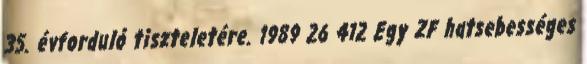
35. évforduló tiszteletére. 1989 26 412 Egy ZF hatsebességes